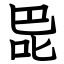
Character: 巼